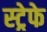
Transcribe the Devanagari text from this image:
स्ट्रेफे